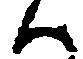
ハ